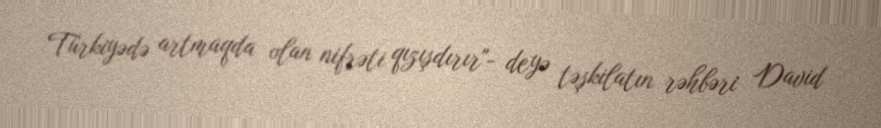
Türkiyədə artmaqda olan nifrəti qızışdırır"- deyə təşkilatın rəhbəri David